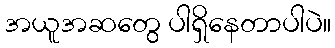
အယူအဆတွေ ပါရှိနေတာပါပဲ။